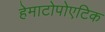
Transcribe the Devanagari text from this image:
हेमाटोपोएटिक